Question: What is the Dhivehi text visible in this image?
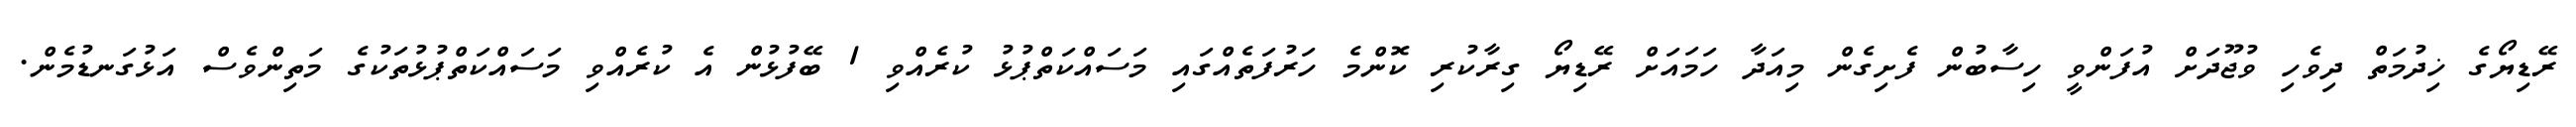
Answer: ރޭޑިޔޯގެ ޚިދުމަތް ދިވެހި ވުޖޫދަށް އުފަންވީ ހިސާބުން ފެށިގެން މިއަދާ ހަމައަށް ރޭޑިޔޯ ގިރާކުރި ކޮންމެ ހަރުފަތެއްގައި މަސައްކަތްޕުޅު ކުރެއްވި 1 ބޭފުޅުން އެ ކުރެއްވި މަސައްކަތްޕުޅުތަކުގެ މަތިންވެސް އަޅުގަނޑުމެން.